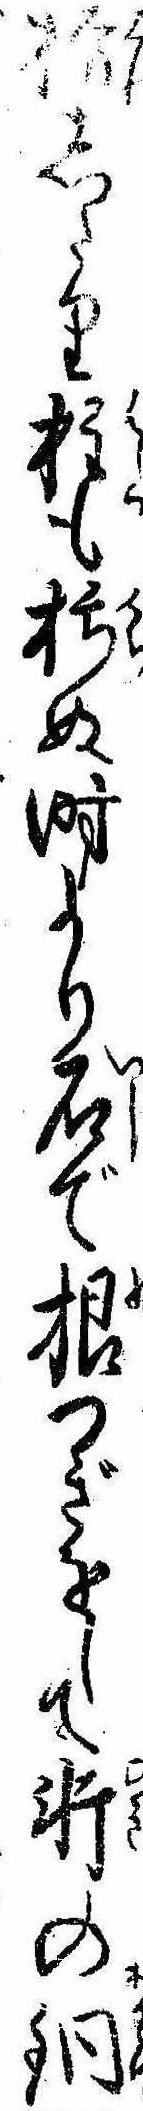
枋したり桂も朽ぬ時より石で根つぎをして軒の銅